Leaving Certificate Examination (including Day School Certificate (Higher) General paper), 1934
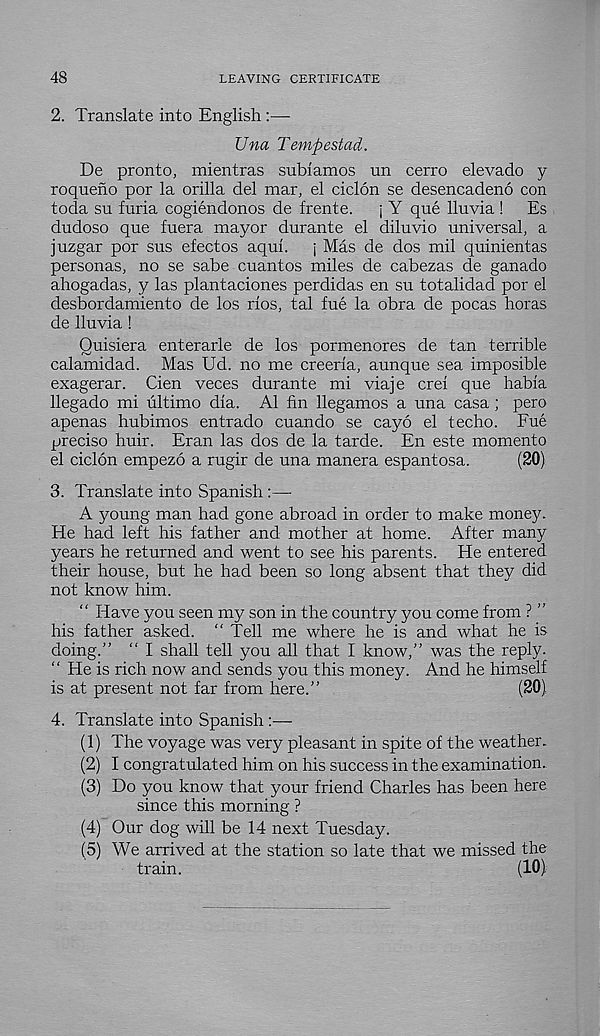
48
LEAVING CERTIFICATE
2. Translate into English :—•
Una Tempestad.
De pronto, mientras subiamos un cerro elevado y
roqueno por la orilla del mar, el ciclon se desencadeno con
toda su furia cogiendonos de frente.
j Y que lluvia !
Es
dudoso que fuera mayor durante el diluvio universal, a
juzgar por sus efectos aqui.
j Mas de dos mil quinientas
personas, no se sabe cuantos miles de cabezas de ganado
ahogadas, y las plantaciones perdidas en su totalidad por el
desbordamiento de los rios, tal fue la obra de pocas boras
de lluvia !
Ouisiera enterarle de los pormenores de tan terrible
calamidad. Mas Ud. no me creerla, aunque sea imposible
exagerar. Cien veces durante mi viaje crei que habia
llegado mi ultimo dia. A1 fin llegamos a una casa; pero
apenas hubimos entrado cuando se cayo el techo. Fue
precise huir. Eran las dos de la tarde. En este momento
el ciclon empezo a rugir de una manera espantosa.
(20)
3. Translate into Spanish :—
A young man had gone abroad in order to make money.
He had left his father and mother at home. After many
years he returned and went to see his parents. He entered
their house, but he had been so long absent that they did
not know him.
“ Have you seen my son in the country you come from ? ”
his father asked. “ Tell me where he is and what he is
doing.” “ I shall tell you all that I know,” was the reply.
“ He is rich now and sends you this money. And he himself
is at present not far from here.”
(20)
4. Translate into Spanish :—
(1) The voyage was very pleasant in spite of the weather.
(2) I congratulated him on his success in the examination.
(3) Do you know that your friend Charles has been here
since this morning ?
(4) Our dog will be 14 next Tuesday.
(5) We arrived at the station so late that we missed the
train.
(10).